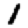
Digit: 1